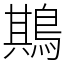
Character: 䳢